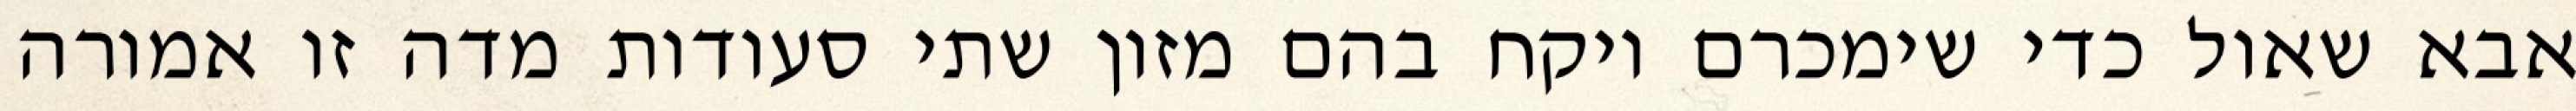
אבא שאול כדי שימכרם ויקח בהם מזון שתי סעודות מדה זו אמורה